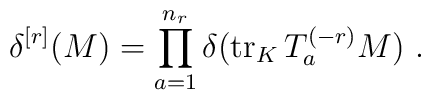
\delta^{[r]}(M)=\prod_{a=1}^{n_r}\delta\big({\rm tr}_K\,T^{(-r)}_aM\big)\ .